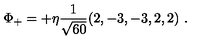
\Phi _ { + } = + \eta { \frac { 1 } { \sqrt { 6 0 } } } ( 2 , - 3 , - 3 , 2 , 2 ) \ .